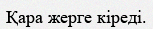
Қара жерге кіреді.